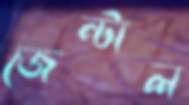
জেন্টাল